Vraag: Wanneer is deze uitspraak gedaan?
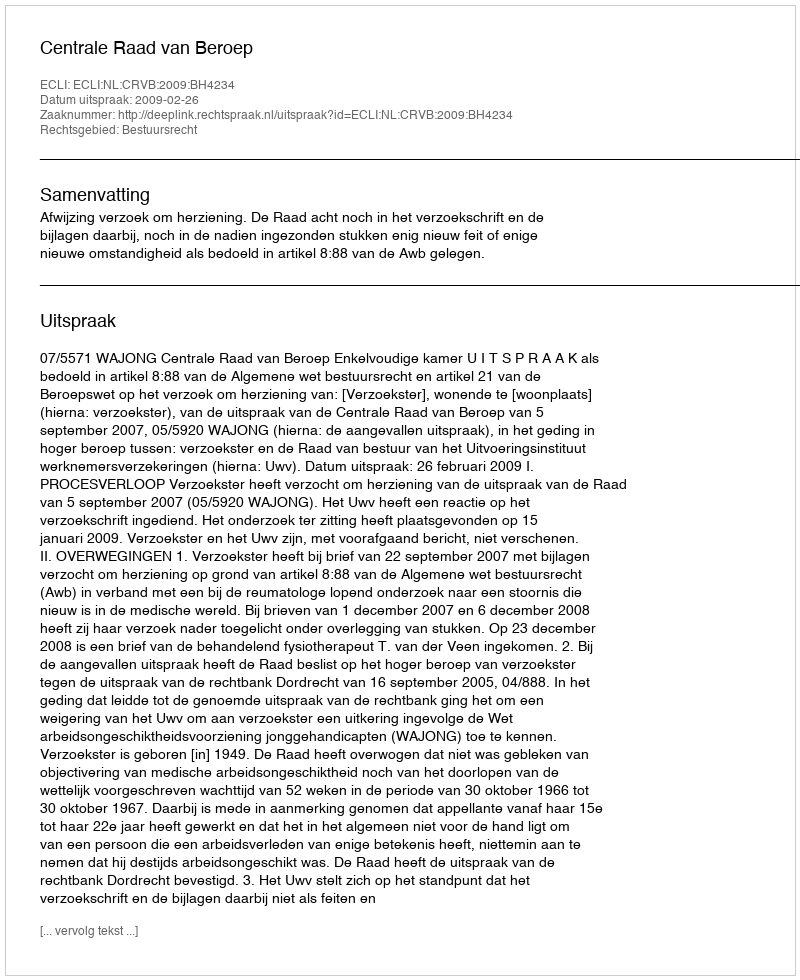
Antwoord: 2009-02-26